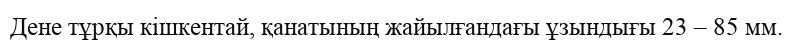
Дене тұрқы кішкентай, қанатының жайылғандағы ұзындығы 23 – 85 мм.